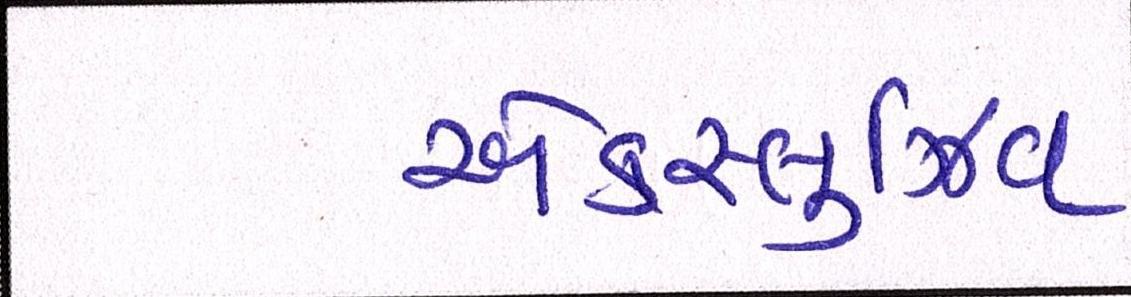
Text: એક્સ્લુઝિવ